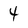
Character: 4